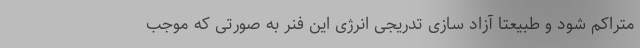
متراکم شود و طبیعتا آزاد سازی تدریجی انرژی این فنر به صورتی که موجب